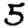
Digit: 5